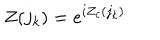
LaTeX: Z ( { j _ { k } } ) = e ^ { i Z _ { c } ( { j _ { k } } ) }